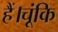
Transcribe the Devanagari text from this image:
हैं।चूंकि